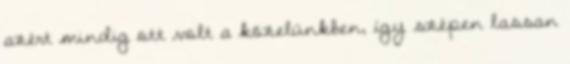
azért mindig ott volt a közelünkben, így szépen lassan